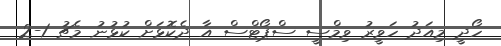
ހޯދީ މިއަދު ހަވީރު ވިމްސީ ސްޕޯޓްސް އާ ދެކޮޅަށް ކުޅުނު މެޗު 1-2